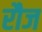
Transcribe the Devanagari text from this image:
रौज